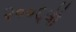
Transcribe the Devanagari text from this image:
२००६ची